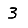
Digit: 3